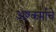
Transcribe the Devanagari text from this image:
अष्टकर्माचे